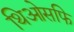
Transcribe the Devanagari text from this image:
थिओसफि